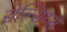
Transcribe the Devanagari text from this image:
सेल्सिय्स